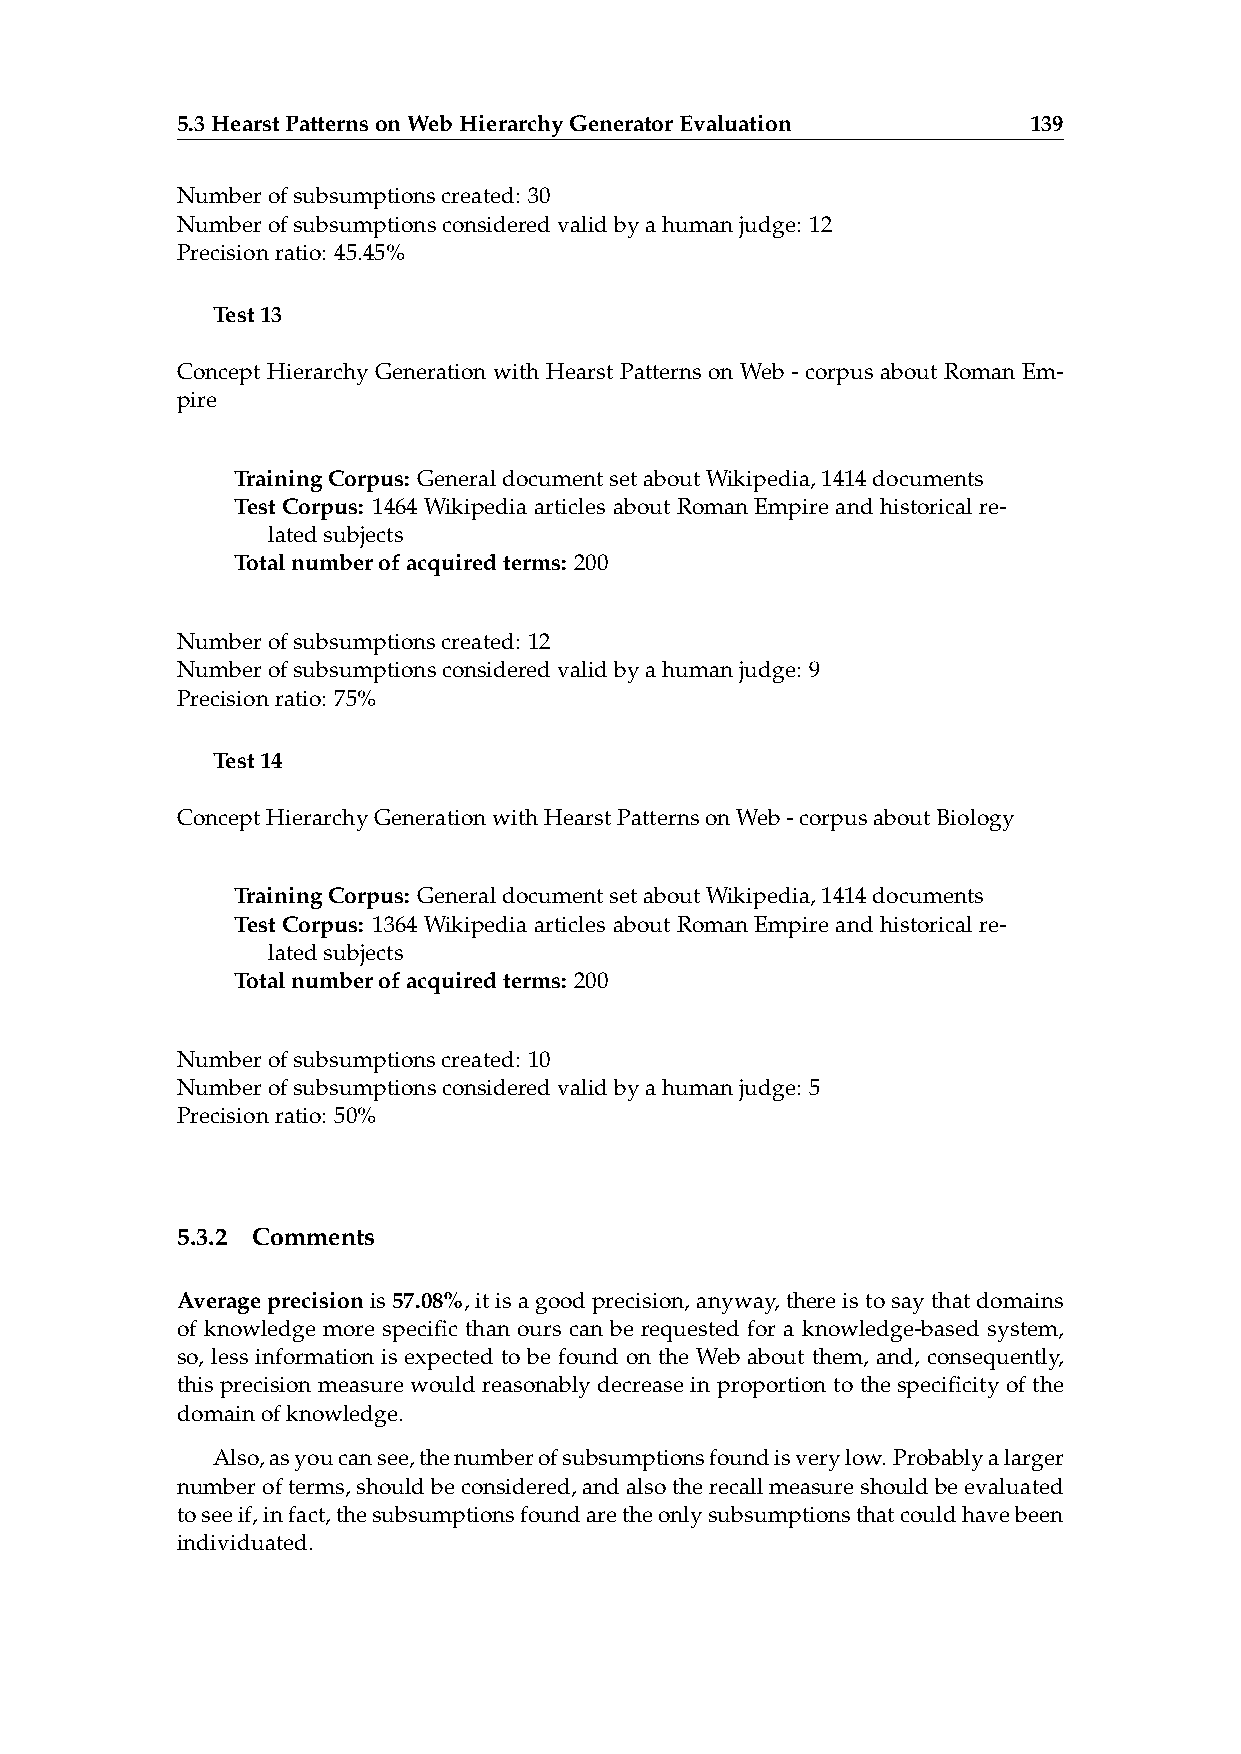
5.3HearstPatternsonWebHierarchyGeneratorEvaluation      139
 Numberofsubsumptionscreated: 30
 Numberofsubsumptionsconsideredvalidbyahumanjudge: 12
 Precisionratio: 45.45%
 Test13
 Concept Hierarchy Generation with Hearst Patterns on Web - corpus about Roman Em-
 pire
 TrainingCorpus: GeneraldocumentsetaboutWikipedia,1414documents
 Test Corpus: 1464 Wikipedia articles about Roman Empire and historical re-
 latedsubjects
 Totalnumberofacquiredterms: 200
 Numberofsubsumptionscreated: 12
 Numberofsubsumptionsconsideredvalidbyahumanjudge: 9
 Precisionratio: 75%
 Test14
 ConceptHierarchyGenerationwithHearstPatternsonWeb-corpusaboutBiology
 TrainingCorpus: GeneraldocumentsetaboutWikipedia,1414documents
 Test Corpus: 1364 Wikipedia articles about Roman Empire and historical re-
 latedsubjects
 Totalnumberofacquiredterms: 200
 Numberofsubsumptionscreated: 10
 Numberofsubsumptionsconsideredvalidbyahumanjudge: 5
 Precisionratio: 50%
 5.3.2 Comments
 Averageprecisionis57.08%,itisagoodprecision,anyway,thereistosaythatdomains
 of knowledge more specific than ours can be requested for a knowledge-based system,
 so, less information is expected to be found on the Web about them, and, consequently,
 this precision measure would reasonably decrease in proportion to the specificity of the
 domainofknowledge.
 Also,asyoucansee,thenumberofsubsumptionsfoundisverylow. Probablyalarger
 numberofterms,shouldbeconsidered,andalsotherecallmeasureshouldbeevaluated
 toseeif,infact,thesubsumptionsfoundaretheonlysubsumptionsthatcouldhavebeen
 individuated.